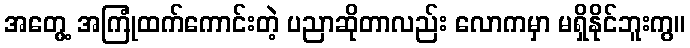
အတွေ့ အကြုံထက်ကောင်းတဲ့ ပညာဆိုတာလည်း လောကမှာ မရှိနိုင်ဘူးကွ။